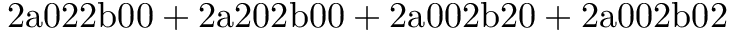
\mathrm { 2 a 0 2 2 b 0 0 + 2 a 2 0 2 b 0 0 + 2 a 0 0 2 b 2 0 + 2 a 0 0 2 b 0 2 }